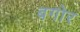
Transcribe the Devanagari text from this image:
बगोर